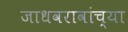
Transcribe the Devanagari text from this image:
जाधवरावांच्या